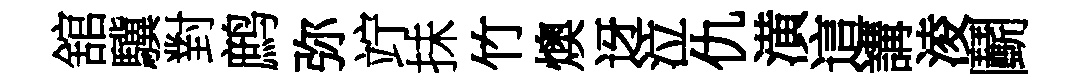
舘驥對鹧弥竚抺竹燠迓泣仇潢這講淩鬬